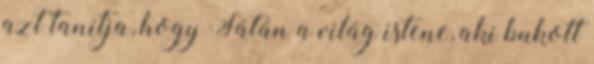
azt tanítja, hogy Sátán a világ istene, aki bukott